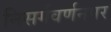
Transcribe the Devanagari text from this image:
निसर्गवर्णनपर